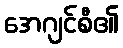
အေဂျင်စီ၏